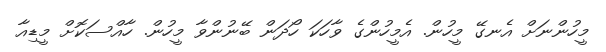
މީހުންނަށް އެނގޭ މީހުން. އެމީހުންގެ ވާހަކަ ހޯދަން ބޭނުންވާ މީހުން. ހާއްސަކޮށް މީޑިއާ